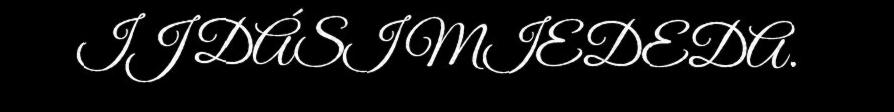
IJ DÁSI MIEDEDA.